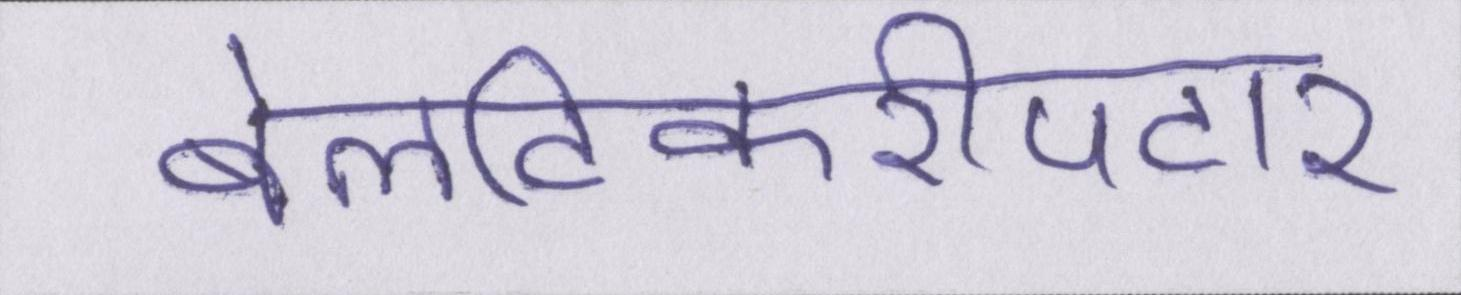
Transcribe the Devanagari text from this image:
बेलटिकरीपटार